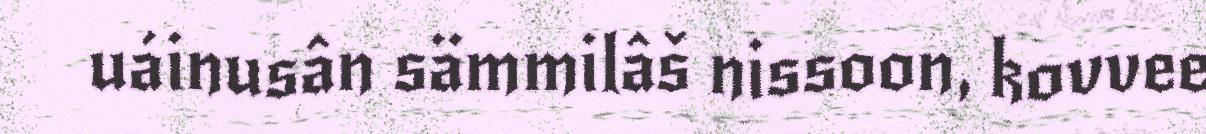
uáinusân sämmilâš nissoon, kovvee